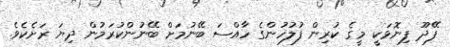
ފޭދޫ ފިނޮޅަކީ މީގެ ކުރިން ފުލުހުންގެ ހާއްސަ ބޭނުމަށް ބޭނުންކުރަމުން ދިޔަ ރަށެކެވެ.